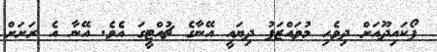
ފޯކައިދޫއަށް ދިވެހި މުވައްޒަފު ދިޔައީ އޭނާގެ ޗުއްޓީގަ އެވެ. އޭނާ އެ ރަށަށް